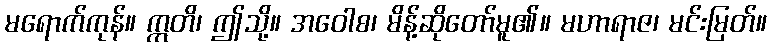
မရောက်ကုန်။ ဣတိ၊ ဤသို့။ အဝေါစ၊ မိန့်ဆိုတော်မူ၏။ မဟာရာဇ၊ မင်းမြတ်။